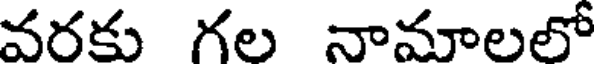
వరకు గల నామాలలో